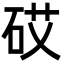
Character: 砹